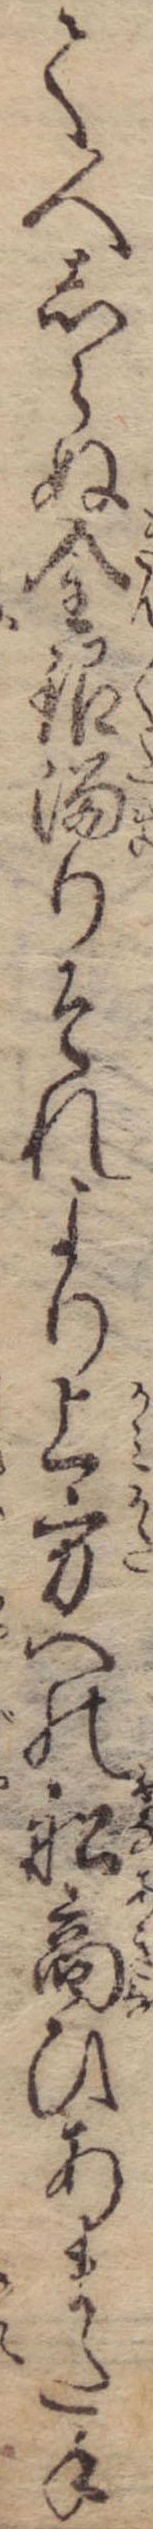
て人しらぬ金銀溜りそれより上方への船商ひあまた手